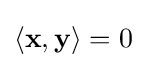
\langle \mathbf {x} ,\mathbf {y} \rangle =0